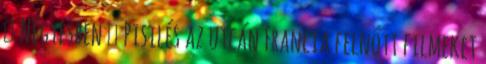
▪ Négyesben ▪ Pisilés az utcán Francia felnőtt filmeket